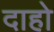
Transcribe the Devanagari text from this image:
दाहो